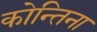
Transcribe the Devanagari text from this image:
कोन्तिना